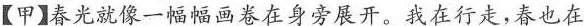
【甲】春光就像一幅幅画卷在身旁展开。我在行走，春也在